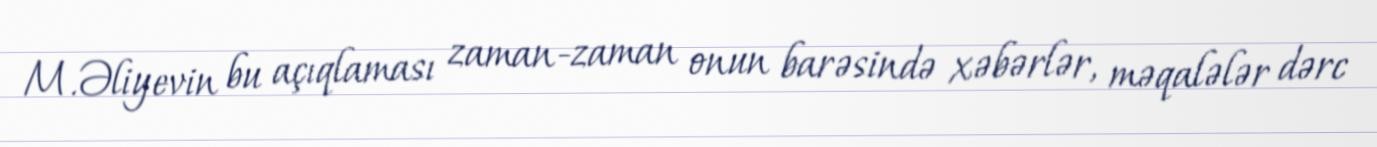
M.Əliyevin bu açıqlaması zaman-zaman onun barəsində xəbərlər, məqalələr dərc